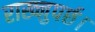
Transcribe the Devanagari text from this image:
राख्नुपर्छ।